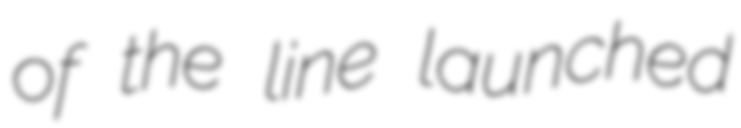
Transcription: of the line launched